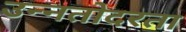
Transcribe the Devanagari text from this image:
उन्नतोदरता